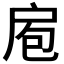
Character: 𭠆